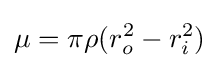
\mu =\pi \rho (r_{o}^{2}-r_{i}^{2})